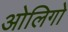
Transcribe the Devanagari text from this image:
ओलिगो